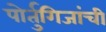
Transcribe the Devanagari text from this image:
पोर्तुगिजांची